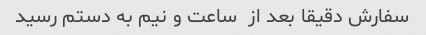
سفارش دقیقا بعد از  ساعت و نیم به دستم رسید